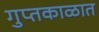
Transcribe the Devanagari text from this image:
गुप्‍तकाळात